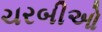
ચરબીઓ